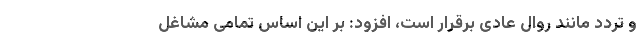
و تردد مانند روال عادی برقرار است، افزود: بر این اساس تمامی مشاغل